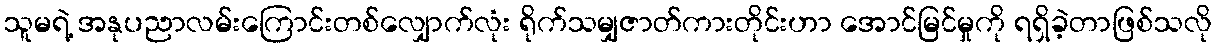
သူမရဲ့ အနုပညာလမ်းကြောင်းတစ်လျှောက်လုံး ရိုက်သမျှဇာတ်ကားတိုင်းဟာ အောင်မြင်မှုကို ရရှိခဲ့တာဖြစ်သလို